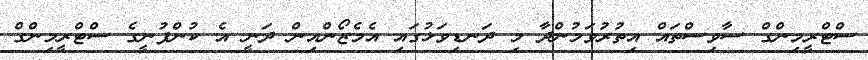
ސްޓްރީމިންގް ސާވިސްތައް އިތުރުވަމުންދާ މި ދަނޑިވަޅުގައި އެމެޒޯންއިން ދަނީ އެ ކުންފުނީގެ ސްޓްރީމިންގް